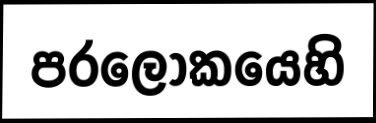
පරලෝකයෙහි